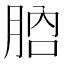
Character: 𦛚